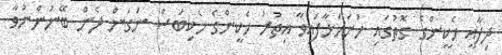
ދިފާއީ ހެކީންގެ ގޮތުގައި ހުށަހަޅާފައިވާ އިތުރު ހެކީންގެ ހެކިބަސް ނަގަން ދެން ބޭނުންނުވާ